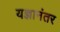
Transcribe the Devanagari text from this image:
यज्ञानंतर